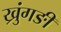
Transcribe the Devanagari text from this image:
ख्रुंगङी